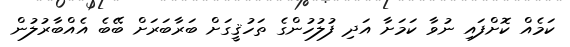
ކަމެއް ކޮށްފައި ނުވާ ކަމަށާ އަދި ފުލުހުންގެ ތަހުޤީގަށް ބަރާބަރަށް ބޭބެ އެއްބާރުލުން